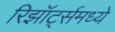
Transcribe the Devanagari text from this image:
रिझॉर्ट्‍समध्ये